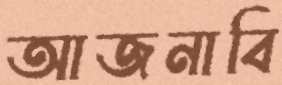
আজনাবি